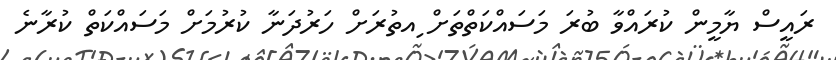
ރައީސް ޔާމީން ކުރައްވާ ބުރަ މަސައްކަތްތަށް ިއތުރަށް ހަރުދަނާ ކުރުމަށް މަސައްކަތް ކުރާނެ